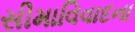
સીમાવિવાદના